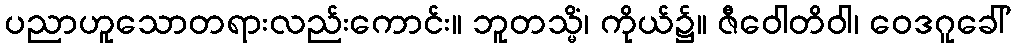
ပညာဟူသောတရားလည်းကောင်း။ ဘူတသ္မိံ၊ ကိုယ်၌။ ဇီဝေါတိဝါ၊ ဝေဒဂူခေါ်